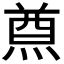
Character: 𤋃